Medical and sanitary report of the native army of Bengal for the year
Year: 1877
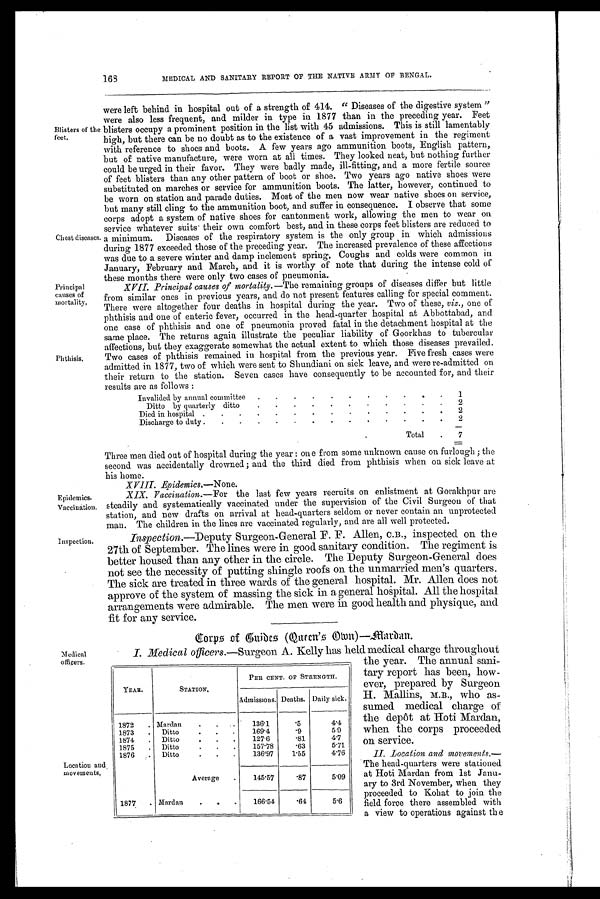
168
MEDICAL AND SANITARY REPORT OF THE NATIVE ARMY OF BENGAL.
Blisters of the
feet.
Chest diseases.
Principal
causes of
mortality,
Phthisis.
were left behind in hospital out of a strength of 414. "Diseases of the digestive system"
were also less frequent, and milder in type in. 1877 than in the preceding year. Feet
blisters occupy a prominent position in the list with 45 admissions. This is still lamentably
high, but there can be no doubt as to the existence of a vast improvement in the regiment
with reference to shoes and boots. A few years ago ammunition boots, English pattern,
but of native manufacture, were worn at all times. They looked neat, but nothing further
could be urged in their favor. They were badly made, ill-fitting, and a more fertile source
of feet blisters than any other pattern of boot or shoe. Two years ago native shoes were
substituted on marches or service for ammunition boots. The latter, however, continued to
be worn on station and parade duties. Most of the men now wear native shoes on service,
but many still cling to the ammunition boot, and suffer in consequence. I observe that some
corps adopt a system of native shoes for cantonment work, allowing the men to wear on
service whatever suits their own comfort best, and in these corps feet blisters are reduced to
a minimum. Diseases of the respiratory system is the only group in which admissions
during 1877 exceeded those of the preceding year. The increased prevalence of these affections
was due to a severe winter and damp inclement spring. Coughs and colds were common in
January, February and March, and it is worthy of note that during the intense cold of
these months there were only two cases of pneumonia.
XVII. Principal causes of mortality.— The remaining groups of diseases differ but little
from similar ones in previous years, and do not present features calling for special comment.
There were altogether four deaths in hospital during the year. Two of these, viz., one of
phthisis and one of enteric fever, occurred in the head-quarter hospital at Abbottabad, and
one case of phthisis and one of pneumonia proved fatal in the detachment hospital at the
same place. The returns again illustrate the peculiar liability of Goorkhas to tubercular
affections, but they exaggerate somewhat the actual extent to which those diseases prevailed.
Two cases of phthisis remained in hospital from the previous year. Five fresh cases were
admitted in 1877, two of which were sent to Shundiani on sick leave, and were re-admitted on
their return to the station. Seven cases have consequently to be accounted for, and their
results are as follows :
Invalided by annual committee
.
.
.
.
.
.
.
.
.
.
.
1
Ditto by quarterly ditto
.
.
.
.
.
.
.
.
.
.
.
2
Died in hospital
.
.
.
.
.
.
.
.
.
.
.
.
.
.
2
Discharge to duty .
.
.
.
.
. .
.
.
.
.
.
.
.
2
Total
.
7
Epidemics.
Vaccination.
Inspection.
Three men died out of hospital during the year : one from some unknown cause on furlough ; the
second was accidentally drowned ; and the third died from phthisis when on sick leave at
his home.
XVIII.
Epidemics.— None.
XIX.
Vaccination.—For
the last few years recruits on enlistment at Gorakhpur are
steadily and systematically vaccinated under the supervision of the Civil Surgeon of that
station, and new drafts on arrival at head-quarters seldom or never contain an unprotected
man. The children in the lines are vaccinated regularly, and are all well protected.
Inspection.—Deputy Surgeon-General F. F. Allen, C.B., inspected on the
27th of September. The lines were in good sanitary condition. The regiment is
better housed than any other in the circle. The Deputy Surgeon-General does
not see the necessity of putting shingle roofs on the unmarried men's quarters.
The sick are treated in three wards of the general hospital. Mr. Allen does not
approve of the system of massing the sick in a general hospital. All the hospital
arrangements were admirable. The men were in good health and physique, and
fit for any service.
Medical
officers.
Location and
movements,
C o r p s o f G u i d e s ( Q u e e n ' s O w n ) — M a r d a n .
I. Medical officers .—Surgeon A. Kelly has held medical charge throughout
the year. The annual sani-
tary report has been, how-
ever, prepared by Surgeon
H. Mallins, M.B., who as-
sumed medical charge of
the depot at Hoti Mardan,
when the corps proceeded
on service.
II. Iocation and movements.—
The head-quarters were stationed
at Hoti Mardan from 1st Janu-
ary to 3rd November, when they
proceeded to Kohat to join the
field force there assembled with
a view to operations against the
YEAR.
STATION.
PER CENT.OF STRENGTH.
Admissions. Deaths. Daily sick.
1872
.
M a r d a n .
.
.
136.1
. 5 4.4
1873
.
Ditto
.
.
.
169.4
. 9 5.9
1874
.
Ditto
.
.
.
127.6
. 8 1 4.7
1875
.
Ditto
.
.
.
157.78
. 6 3 5.71
1876
Ditto
.
.
.
136.97
1.55
4.76
Average
.
1 4 5 . 5 7
.87
5 . 0 9
1877
. Mardan
.
.
1 6 6 . 5 4
. 6 4 5.6